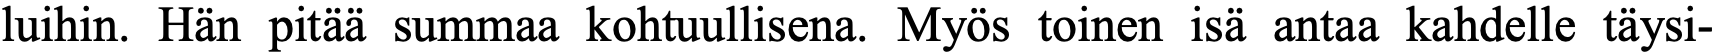
luihin. Hän pitää summaa kohtuullisena. Myös toinen isä antaa kahdelle täysi-